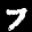
Label: 7